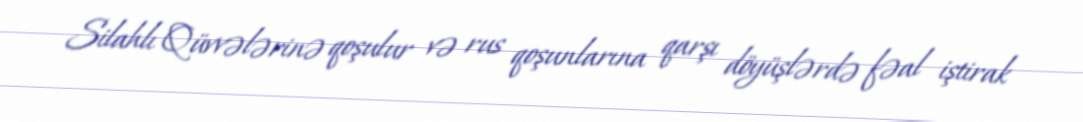
Silahlı Qüvvələrinə qoşulur və rus qoşunlarına qarşı döyüşlərdə fəal iştirak